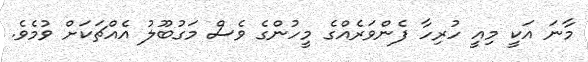
މާނަ އަކީ މިއީ ހުރިހާ ފެންވަރެއްގެ މީހުންގެ ވެސް މަގުބޫލު އެއްޗަކަށް ވުމެވެ.